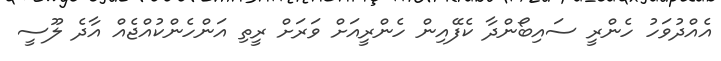
އެއްދުވަހު ހެންރީ ސައިބޯންދާ ކެފޭއިން ހެންރީއަށް ވަރަށް ރީތި އަންހެންކުއްޖެއް އާދެ ލޫސީ